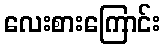
လေးစားကြောင်း